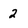
Character: 2